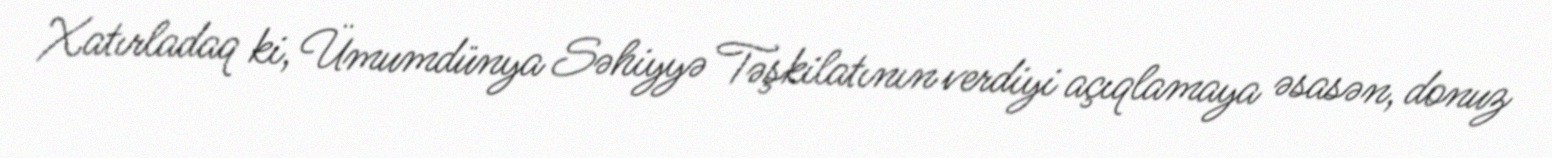
Xatırladaq ki, Ümumdünya Səhiyyə Təşkilatının verdiyi açıqlamaya əsasən, donuz